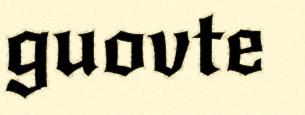
guovte